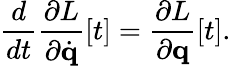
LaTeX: {\frac{d}{dt}}{\frac{\partial L}{\partial{\dot{\mathbf{q}}}}}[t]={\frac{\partial L}{\partial\mathbf{q}}}[t].